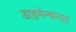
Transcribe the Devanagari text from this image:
डाइमेन्षनल